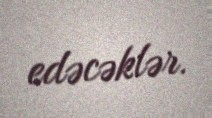
edəcəklər.